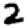
Digit: 2